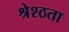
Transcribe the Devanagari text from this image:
श्रेश्ठता